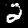
Label: 2